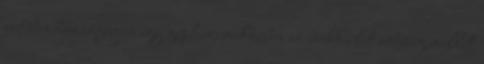
esetében hozzáférjen egy géphez, miközben az csökkentett sebesség mellett